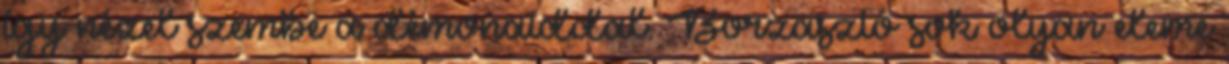
így nézel szembe a démonaiddal. Borzasztó sok olyan eleme